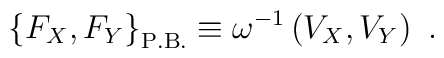
\left\{{F_{X},F_{Y}}\right\}_{\rm P.B.}\equiv\omega^{-1}\left({V_{X},V_{Y}}\right)\ .